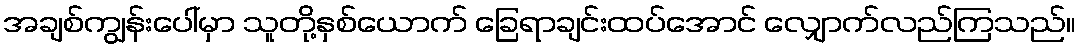
အချစ်ကျွန်းပေါ်မှာ သူတို့နှစ်ယောက် ခြေရာချင်းထပ်အောင် လျှောက်လည်ကြသည်။